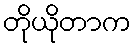
တိုယိုတာက